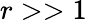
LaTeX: r>>1